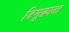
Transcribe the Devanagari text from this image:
दिमूक्राता